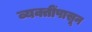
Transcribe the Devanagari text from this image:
व्यक्तींपासून